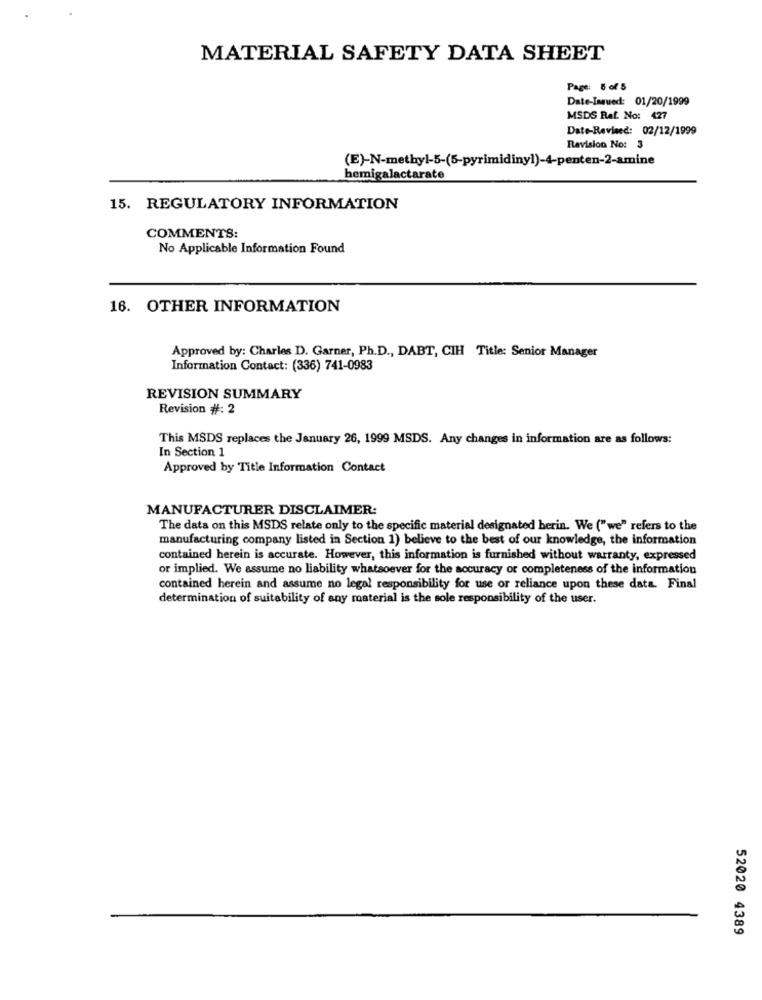
MATERIAL SAFETY DATA SHEET
Page: 5 of 5
Date-Issued: 01/20/1999
MSDS Raf. No: 427
Date-Revised: 02/12/1999
Revision No: 3
(E)-N-methyl-5-(5-pyrimidinyl)-4-penten-2-amine
hemigalactarate
15. REGULATORY INFORMATION
COMMENTS:
No Applicable Information Found
16. OTHER INFORMATION
Approved by: Charles D. Garner, Ph.D ., DABT, CIH Title: Senior Manager
Information Contact: (336) 741-0983
REVISION SUMMARY
Revision #: 2
This MSDS replaces the January 26, 1999 MSDS. Any changes in information are as follows:
In Section 1
Approved by Title Information Contact
MANUFACTURER DISCLAIMER:
The data on this MSDS relate only to the specific material designated berin. We ("we" refers to the
manufacturing company listed in Section 1) believe to the best of our knowledge, the information
contained herein is accurate. However, this information is furnished without warranty, expressed
or implied. We assume no liability whatsoever for the accuracy or completeness of the information
contained herein and assume no legal responsibility for use or reliance upon these data. Final
determination of suitability of any material is the sole responsibility of the user.
52020 4389